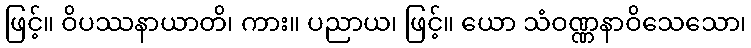
ဖြင့်။ ဝိပဿနာယာတိ၊ ကား။ ပညာယ၊ ဖြင့်။ ယော သံဝဏ္ဏနာဝိသေသော၊